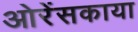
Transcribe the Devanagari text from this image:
ओरेंसकाया